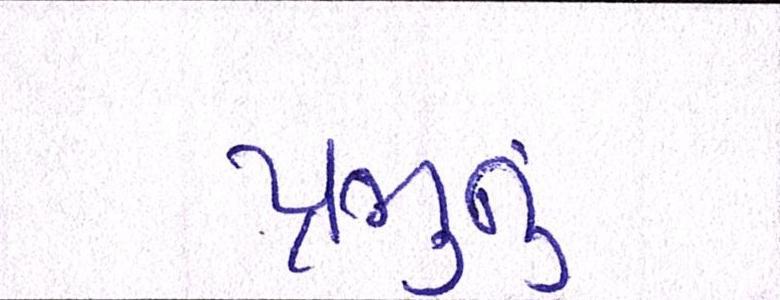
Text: પ્રભુનું